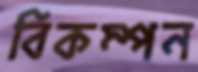
বিকম্পন